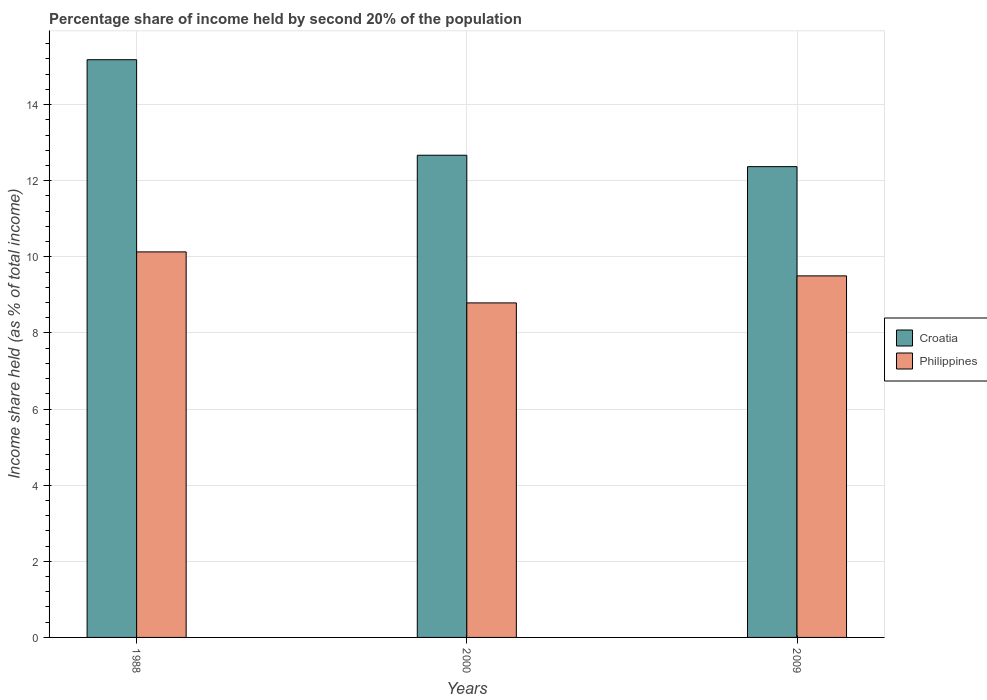
| Years | Croatia | Philippines |
 | --- | --- | --- |
 | 1988 | 15.2 | 10.1 |
 | 2000 | 12.7 | 8.79 |
 | 2009 | 12.4 | 9.5 |